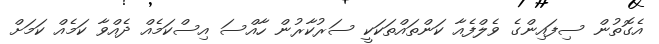
އެގޮތުން ސިފައިންގެ ވެލްފެއާ ކަންތައްތަކަކީ ސަރުކާރުން ހާއްސަ އިސްކަމެއް ދެއްވާ ކަމެއް ކަމަށް